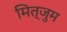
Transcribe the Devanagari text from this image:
मित्जुम